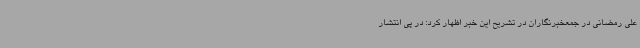
علی رمضانی در جمعخبرنگاران در تشریح این خبر اظهار کرد: در پی انتشار